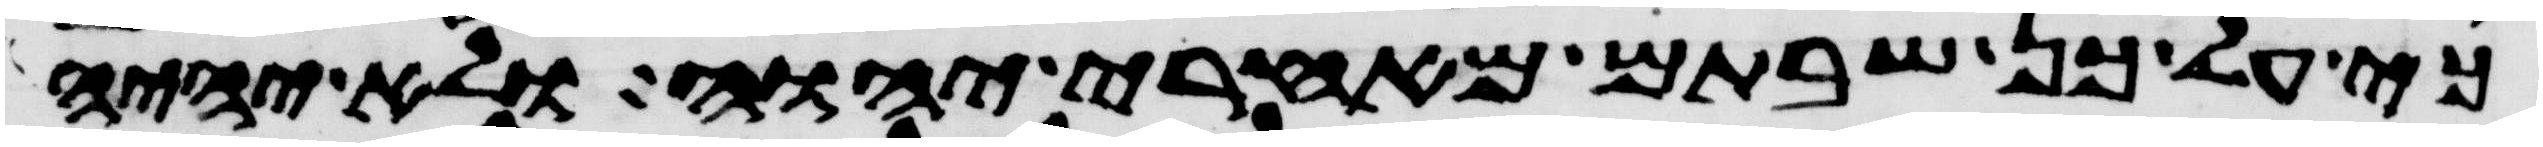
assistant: כי על כן שבתם מאחרי יהוה ולא יהיה